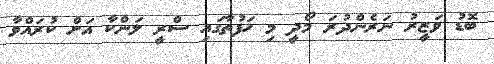
ބޮޑު ވަޒީރު ނަރެންދުރަ މޯދީ މި ހަފުތާގައި ސްރީ ލަންކާ އަށް ކުރައްވާ